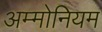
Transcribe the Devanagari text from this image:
अम्मोनियम